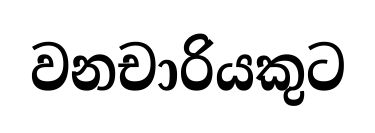
වනචාරියකුට